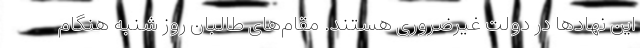
این نهادها در دولت غیرضروری هستند. مقام‌های طالبان روز شنبه هنگام